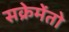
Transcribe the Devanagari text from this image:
सक्रेमेंतो